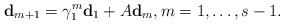
\begin{align*}{\bf d}_{m+1}=\gamma_1^m{\bf d}_1+A{\bf d}_m, m=1,\ldots, s-1.\end{align*}